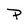
Character: P